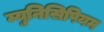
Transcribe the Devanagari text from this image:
म्युनिसिपियम